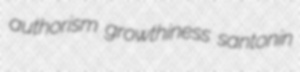
authorism growthiness santonin